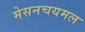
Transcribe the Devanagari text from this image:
मेसनचयमल